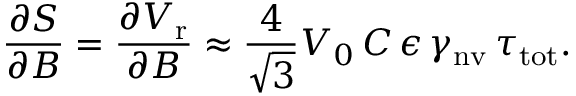
\frac { \partial S } { \partial B } = \frac { \partial V _ { \mathrm { r } } } { \partial B } \approx \frac { 4 } { \sqrt { 3 } } V _ { 0 } \, C \, \epsilon \, \gamma _ { \mathrm { n v } } \, \tau _ { \mathrm { t o t } } .